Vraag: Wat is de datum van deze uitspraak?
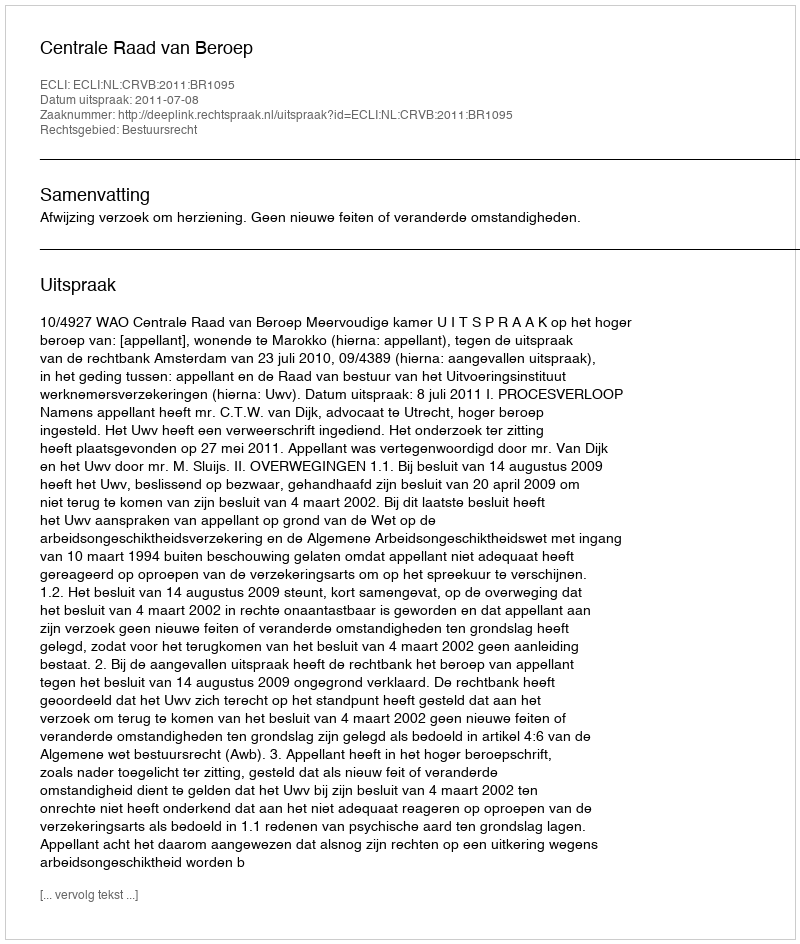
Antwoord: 2011-07-08